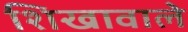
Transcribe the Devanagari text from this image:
शिखावाले